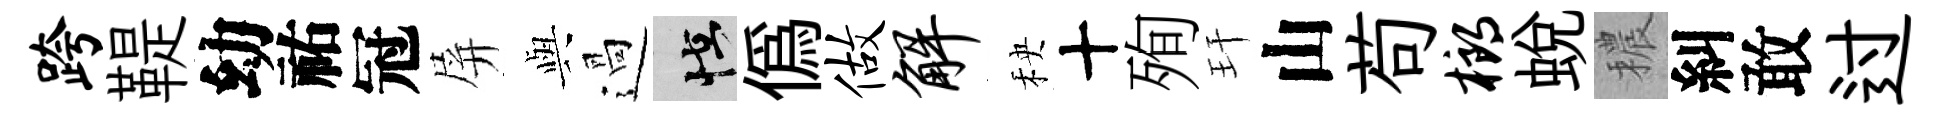
跨鞮幼祐冠屏𫤰過怪偽做解秧十殉玕山苟榔蛻穠糾敢过